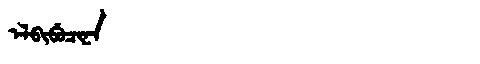
Manchu: ᡝᠯᠪᡳᠪᡠᠴᡳᠨᠠ
Romanization: ELBIBUCINA